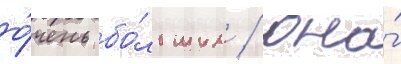
о́чень бо́льшим / она́